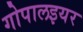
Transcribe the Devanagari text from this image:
गोपालइयर